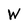
Character: W